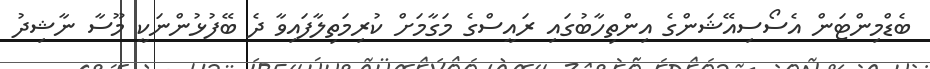
ބެޑްމިންޓަން އެސޯސިއޭޝަންގެ އިންތިހާބުގައި ރައީސްގެ މަގާމަށް ކުރިމަތިލާފައިވާ ދެ ބޭފުޅުންނަކީ މޫސާ ނާޝިދު